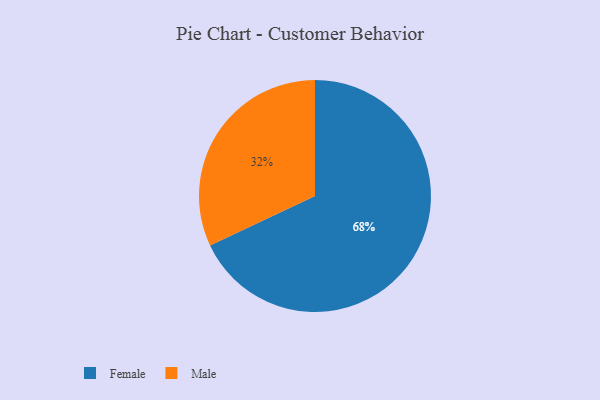
{"axis": {"x": "Category", "y": "Percentage"}, "legend": ["Female", "Male"], "data": [{"x": "Male", "y": 32, "type": "Male"}, {"x": "Female", "y": 68, "type": "Female"}]}